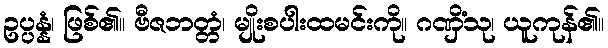
ဥပ္ပန္နံ၊ ဖြစ်၏။ ဗီဇဘတ္တံ၊ မျိုးစပါးထမင်းကို။ ဂဏှိံသု၊ ယူကုန်၏။